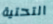
التحتية